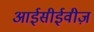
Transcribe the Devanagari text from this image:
आईसीईवीज़